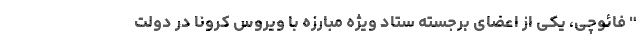
" فائوچی، یکی از اعضای برجسته ستاد ویژه مبارزه با ویروس کرونا در دولت